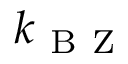
k _ { \mathrm { ~ B ~ Z ~ } }